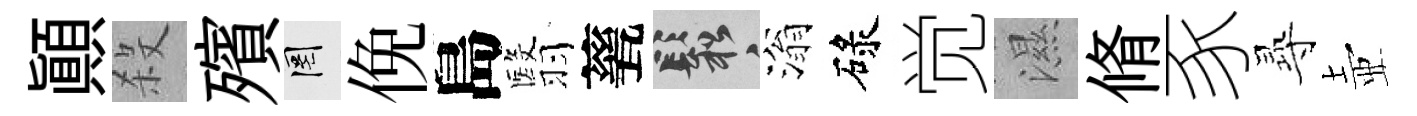
顚殺殯罔俛島翳甆鬆滃碌觉濕脩豕𡬶壺